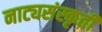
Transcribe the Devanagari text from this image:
नाट्यसंस्कृती